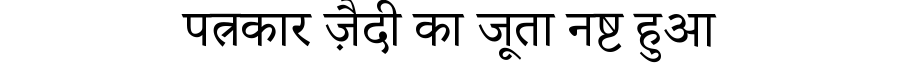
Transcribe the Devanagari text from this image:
पत्रकार ज़ैदी का जूता नष्ट हुआ